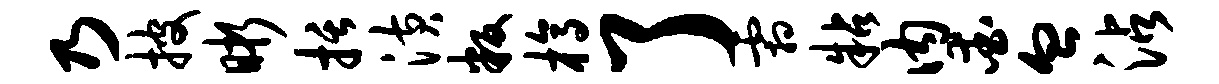
乃披晰括潢叛槁了霜粘内爱血沾